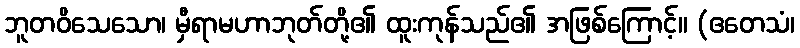
ဘူတဝိသေသော၊ မှီရာမဟာဘုတ်တို့၏ ထူးကုန်သည်၏ အဖြစ်ကြောင့်။ (ဧတေသံ၊